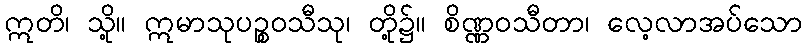
ဣတိ၊ သို့။ ဣမာသုပဉ္စဝသီသု၊ တို့၌။ စိဏ္ဏဝသီတာ၊ လေ့လာအပ်သော